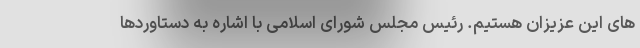
های این عزیزان هستیم. رئیس مجلس شورای اسلامی با اشاره به دستاوردها